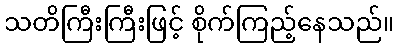
သတိကြီးကြီးဖြင့် စိုက်ကြည့်နေသည်။